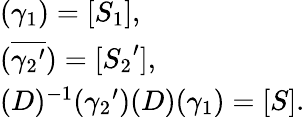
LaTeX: \left.\begin{array}{l}{{(\gamma_{1})=[S_{1}],}}\\ {{(\overline{{{{\gamma_{2}}^{\prime}}}})=[{S_{2}}^{\prime}],}}\\ {{(D)^{-1}({\gamma_{2}}^{\prime})(D)(\gamma_{1})=[S].}}\end{array}\right.